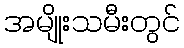
အမျိုးသမီးတွင်